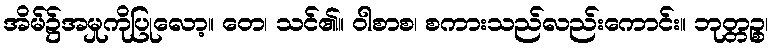
အိမ်၌အမှုကိုပြုလော့။ တေ၊ သင်၏။ ဝါစာစ၊ စကားသည်လည်းကောင်း။ ဘုတ္တဉ္စ၊